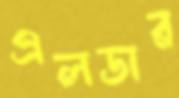
এলডার